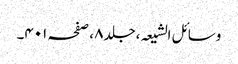
وسائل الشیعہ ،جلد٨ ،صفحہ ٤٠١۔